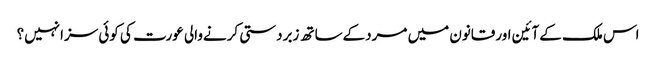
اس ملک کےآئین اورقانون میں مردکےساتھ زبردستی کرنےوالی عورت کی کوئی سزانہیں؟